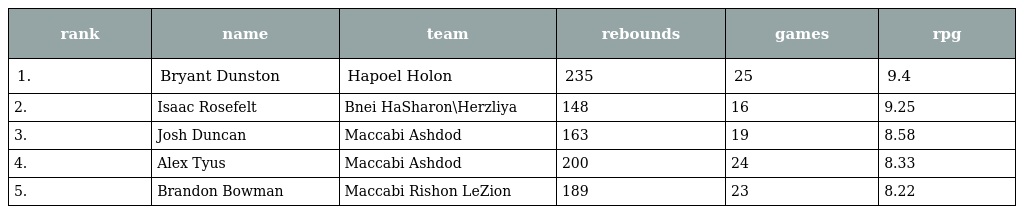
| rank | name | team | rebounds | games | rpg |
 | --- | --- | --- | --- | --- | --- |
 | 1. | Bryant Dunston | Hapoel Holon | 235 | 25 | 9.4 |
 | 2. | Isaac Rosefelt | Bnei HaSharon\Herzliya | 148 | 16 | 9.25 |
 | 3. | Josh Duncan | Maccabi Ashdod | 163 | 19 | 8.58 |
 | 4. | Alex Tyus | Maccabi Ashdod | 200 | 24 | 8.33 |
 | 5. | Brandon Bowman | Maccabi Rishon LeZion | 189 | 23 | 8.22 |